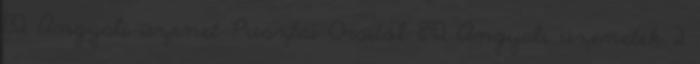
132 Angyali üzenet Pusztai Orsitól 892 Angyali üzenetek 2